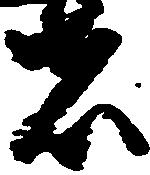
者